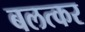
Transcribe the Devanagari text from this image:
बलत्कर